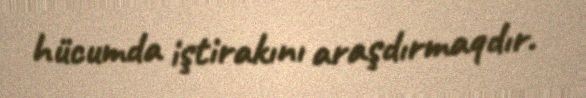
hücumda iştirakını araşdırmaqdır.